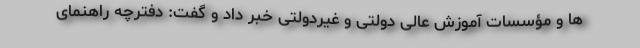
ها و مؤسسات آموزش عالی دولتی و غیردولتی خبر داد و گفت: دفترچه راهنمای